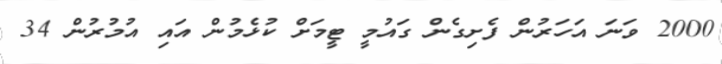
2000 ވަަނަ އަހަރުން ފެށިގެން ގައުމީ ޓީމަށް ކުޅެމުން އައި އުމުރުން 34